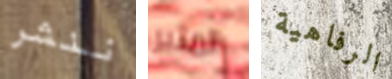
ننشر المثير الرفاهية